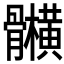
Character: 𲌕